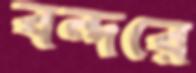
বন্দরে